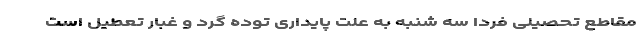
مقاطع تحصیلی فردا سه شنبه به علت پایداری توده گرد و غبار تعطیل است